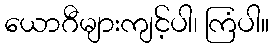
ယောဂီများကျင့်ပါ၊ ကြံပါ။